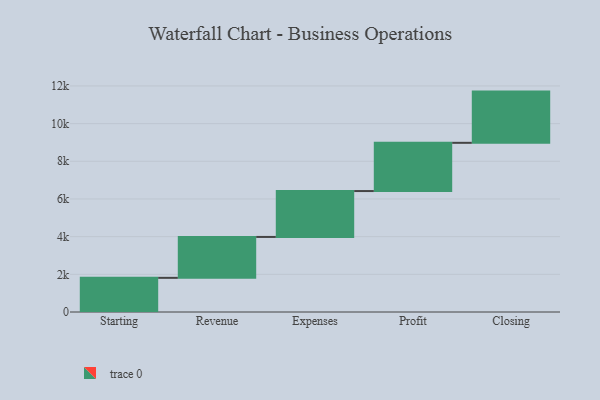
{"axis": {"x": "Step", "y": "Value"}, "legend": [""], "data": [{"x": "Starting", "y": 1813.0, "type": ""}, {"x": "Revenue", "y": 2171.0, "type": ""}, {"x": "Expenses", "y": 2436.0, "type": ""}, {"x": "Profit", "y": 2560.0, "type": ""}, {"x": "Closing", "y": 2719.0, "type": ""}]}